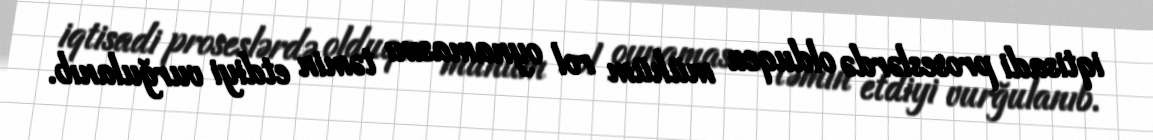
iqtisadi proseslərdə olduqca mühüm rol oynamasını təmin etdiyi vurğulanıb.